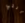
التي